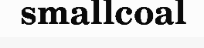
smallcoal